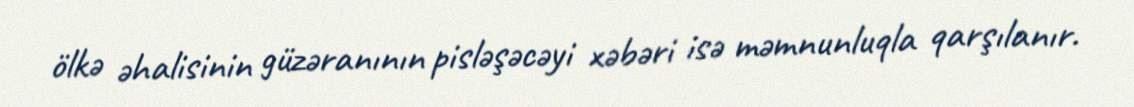
ölkə əhalisinin güzəranının pisləşəcəyi xəbəri isə məmnunluqla qarşılanır.